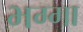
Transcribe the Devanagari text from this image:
भग्गा